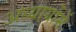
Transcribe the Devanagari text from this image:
अध्यायोंमें